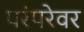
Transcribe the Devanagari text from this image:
परंपरेवर